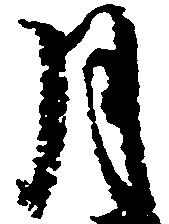
月